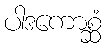
ပါဒကောစ္ဆံ